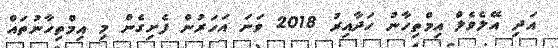
އަދި އޭލެވެލް އިމްތިހާނު ހަދާއިރު 2018 ވަނަ އަހަރުން ފެށިގެން މި އިމްތިހާނުތައް